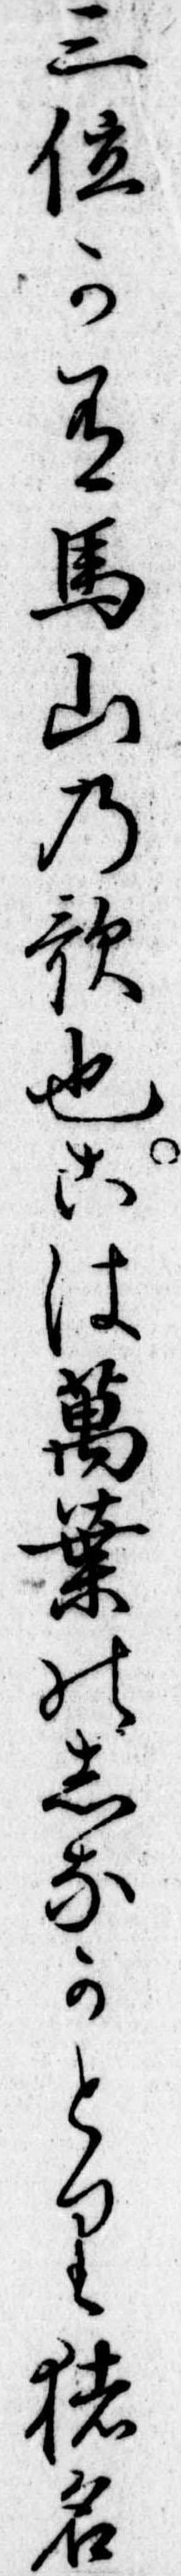
三位か有馬山の歌也こは万葉のしなかとり猪名